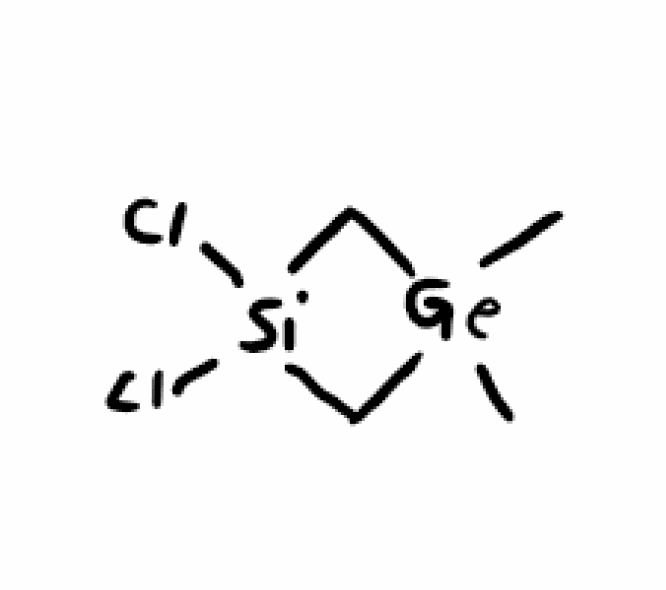
Simplified molecular-input line-entry system (SMILES) notation of the given molecule:
C[Ge]1(C[Si](C1)(Cl)Cl)C